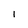
Character: I